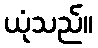
ယုံသည်။